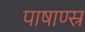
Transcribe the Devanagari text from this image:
पाषाण्स्र